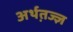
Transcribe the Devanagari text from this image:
अर्थत़ज्ज्ञ